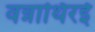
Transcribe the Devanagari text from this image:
वन्नाथिरई